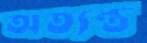
অত্যন্ত